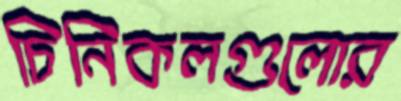
চিনিকলগুলোর